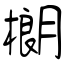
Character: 樃